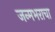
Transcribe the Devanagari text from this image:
जन्मभराचा